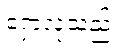
ရှောလုသည်